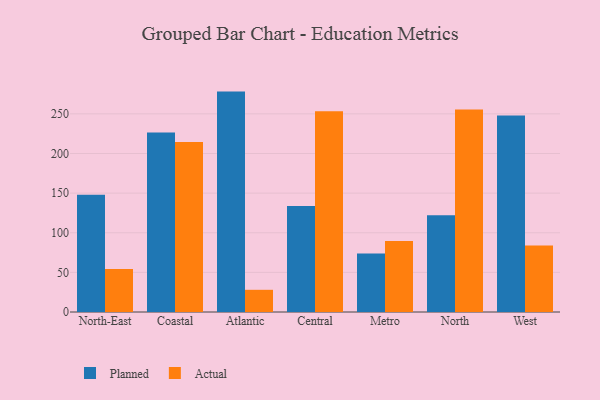
{"axis": {"x": "Region", "y": "Satisfaction Score"}, "legend": ["Actual", "Planned"], "data": [{"x": "North-East", "y": 147.9, "type": "Planned"}, {"x": "North-East", "y": 54.3, "type": "Actual"}, {"x": "Coastal", "y": 226.4, "type": "Planned"}, {"x": "Coastal", "y": 214.4, "type": "Actual"}, {"x": "Atlantic", "y": 278.1, "type": "Planned"}, {"x": "Atlantic", "y": 28.0, "type": "Actual"}, {"x": "Central", "y": 133.7, "type": "Planned"}, {"x": "Central", "y": 253.2, "type": "Actual"}, {"x": "Metro", "y": 73.8, "type": "Planned"}, {"x": "Metro", "y": 89.6, "type": "Actual"}, {"x": "North", "y": 122.1, "type": "Planned"}, {"x": "North", "y": 255.4, "type": "Actual"}, {"x": "West", "y": 248.1, "type": "Planned"}, {"x": "West", "y": 84.0, "type": "Actual"}]}